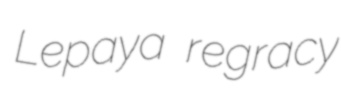
Lepaya regracy